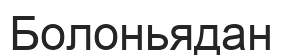
Болоньядан